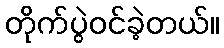
တိုက်ပွဲဝင်ခဲ့တယ်။